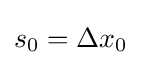
\displaystyle s_{0}=\Delta x_{0}